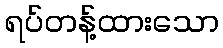
ရပ်တန့်ထားသော